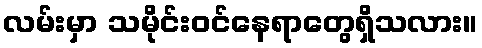
လမ်းမှာ သမိုင်းဝင်နေရာတွေရှိသလား။